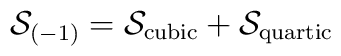
{\cal S}_{(-1)}={\cal S}_{\rm cubic}+{\cal S}_{\rm quartic}